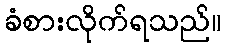
ခံစားလိုက်ရသည်။